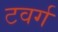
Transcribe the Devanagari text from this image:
टवर्ग